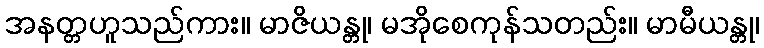
အနတ္တဟူသည်ကား။ မာဇိယန္တု၊ မအိုစေကုန်သတည်း။ မာမီယန္တု၊